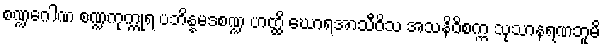
စဏ္ဍဂေါဏ စဏ္ဍကုက္ကုရ ပဘိန္နမဒစဏ္ဍ ဟတ္ထိ ဃောရအာသီဝိသ အသနိဝိစက္က သုသာနရဏဘူမိ